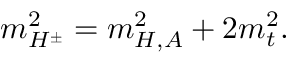
m _ { H ^ { \pm } } ^ { 2 } = m _ { H , A } ^ { 2 } + 2 m _ { t } ^ { 2 } .